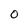
Character: O